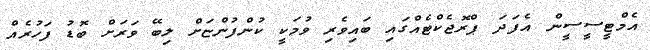
އެމްޓީސީސީން އެފަދަ ޕްރޮޖެކްޓެއްގައި ބައިވެރި ވުމަކީ ކުންފުންޏަށް ލިބޭ ވަރަށް ބޮޑު ފަހުރެއް